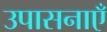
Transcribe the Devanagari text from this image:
उपासनाएँ